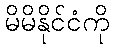
မိမိနိုင်ငံကို